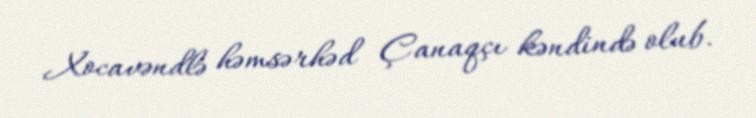
Xocavəndlə həmsərhəd Çanaqçı kəndində olub.